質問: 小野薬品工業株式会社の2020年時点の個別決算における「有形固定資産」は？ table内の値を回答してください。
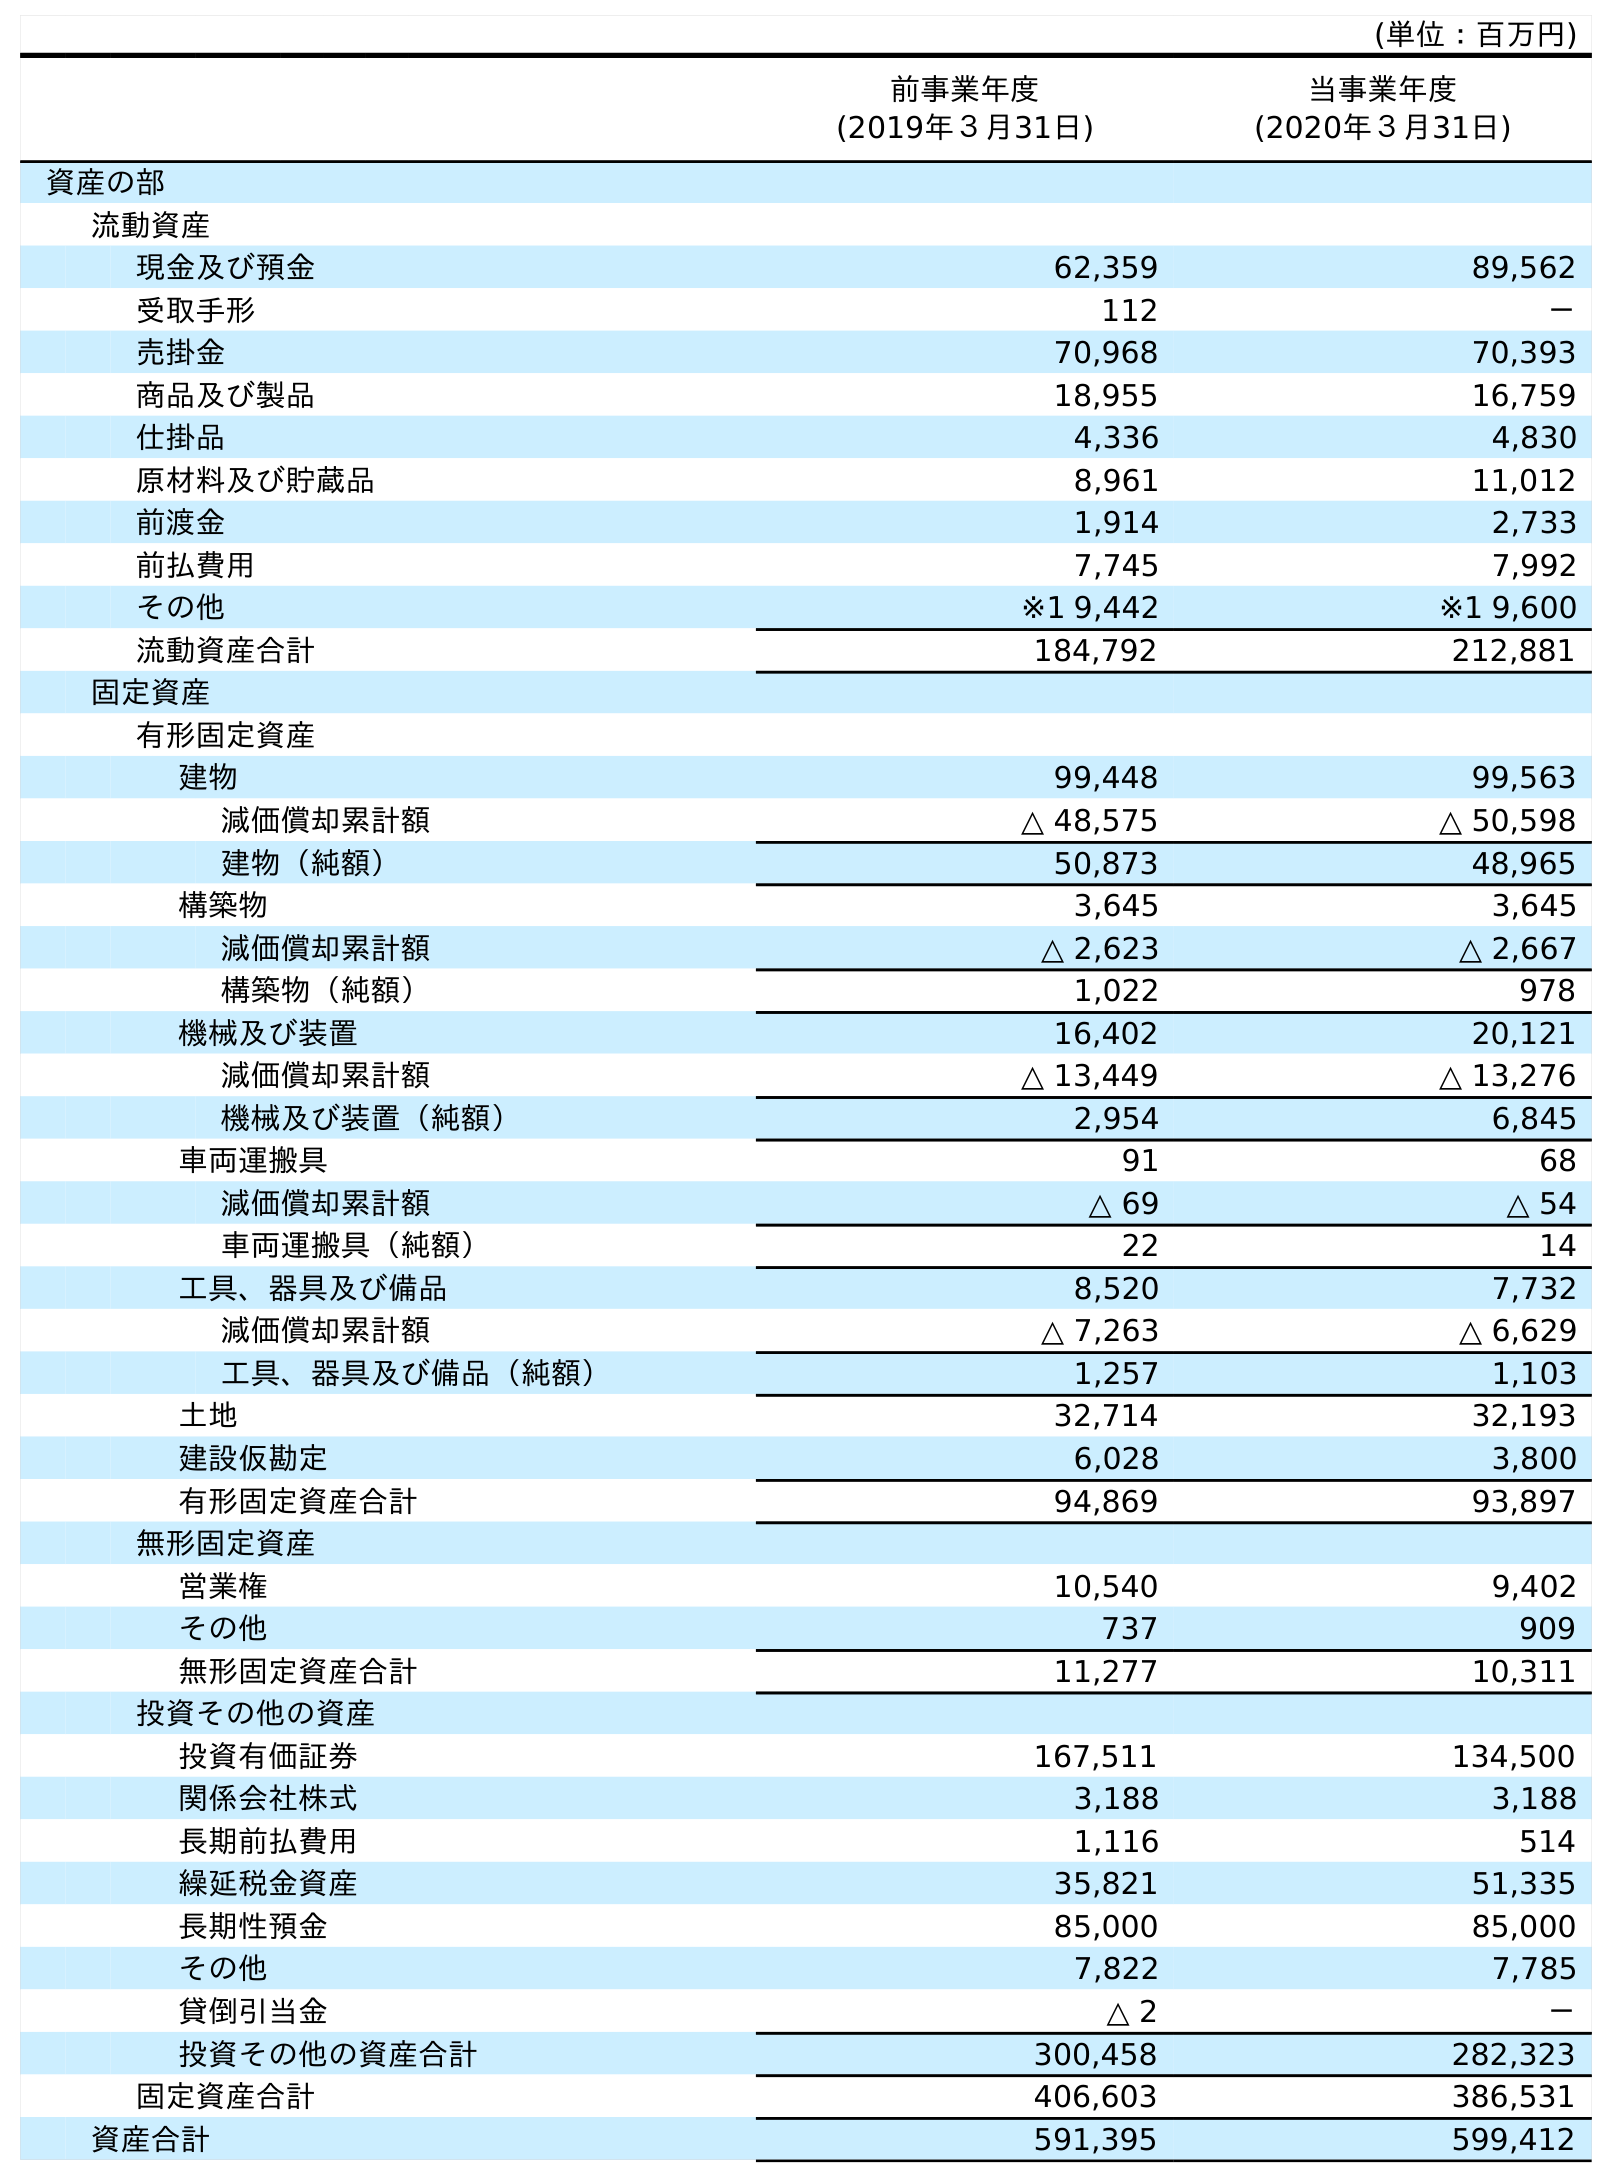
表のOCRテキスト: (単位：百万円) 前事業年度 (2019年３月31日) 当事業年度 (2020年３月31日) 資産の部 流動資産 現金及び預金 62,359 89,562 受取手形 112 － 売掛金 70,968 70,393 商品及び製品 18,955 16,759 仕掛品 4,336 4,830 原材料及び貯蔵品 8,961 11,012 前渡金 1,914 2,733 前払費用 7,745 7,992 その他 ※1 9,442 ※1 9,600 流動資産合計 184,792 212,881 固定資産 有形固定資産 建物 99,448 99,563 減価償却累計額 △ 48,575 △ 50,598 建物（純額） 50,873 48,965 構築物 3,645 3,645 減価償却累計額 △ 2,623 △ 2,667 構築物（純額） 1,022 978 機械及び装置 16,402 20,121 減価償却累計額 △ 13,449 △ 13,276 機械及び装置（純額） 2,954 6,845 車両運搬具 91 68 減価償却累計額 △ 69 △ 54 車両運搬具（純額） 22 14 工具、器具及び備品 8,520 7,732 減価償却累計額 △ 7,263 △ 6,629 工具、器具及び備品（純額） 1,257 1,103 土地 32,714 32,193 建設仮勘定 6,028 3,800 有形固定資産合計 94,869 93,897 無形固定資産 営業権 10,540 9,402 その他 737 909 無形固定資産合計 11,277 10,311 投資その他の資産 投資有価証券 167,511 134,500 関係会社株式 3,188 3,188 長期前払費用 1,116 514 繰延税金資産 35,821 51,335 長期性預金 85,000 85,000 その他 7,822 7,785 貸倒引当金 △ 2 － 投資その他の資産合計 300,458 282,323 固定資産合計 406,603 386,531 資産合計 591,395 599,412
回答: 93,897